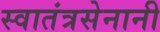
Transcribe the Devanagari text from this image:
स्वातंत्रसेनानी